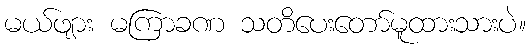
မယ်ဖျား မကြာခဏ သတိပေးတော်မူထားသားပဲ။